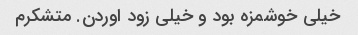
خیلی خوشمزه بود و خیلی زود اوردن. متشکرم